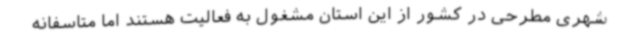
شهری مطرحی در کشور از این استان مشغول به فعالیت هستند اما متاسفانه